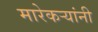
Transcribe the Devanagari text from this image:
मारेकऱ्यांनी